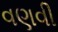
વણવી